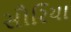
સૌરિયા